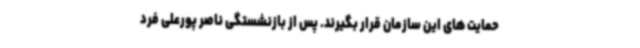
حمایت های این سازمان قرار بگیرند. پس از بازنشستگی ناصر پورعلی فرد